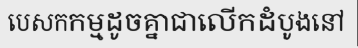
បេសកកម្មដូចគ្នាជាលើកដំបូងនៅ